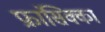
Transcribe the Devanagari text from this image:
फ्रांसिक्का